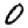
Digit: 0